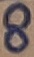
Text: 8